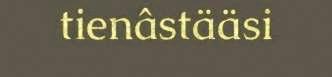
tienâstääsi